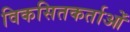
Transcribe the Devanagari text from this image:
विकसितकर्ताओं